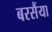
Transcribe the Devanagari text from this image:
बरसैंया